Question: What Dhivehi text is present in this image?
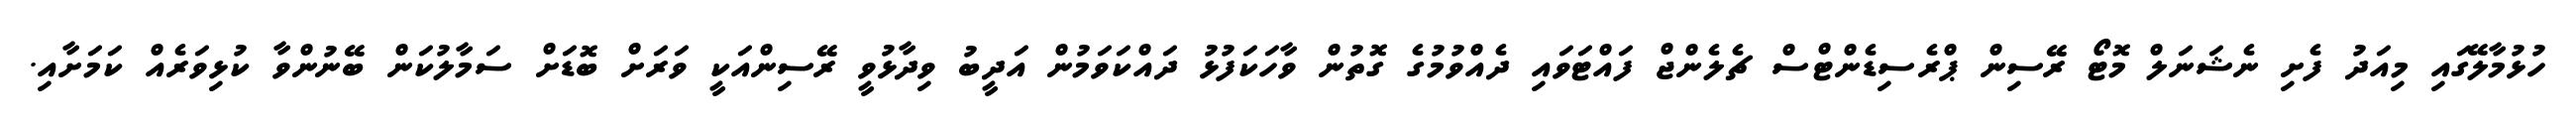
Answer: ހުޅުމާލޭގައި މިއަދު ފެށި ނެޝަނަލް މޮޓޯ ރޭސިން ޕްރެސިޑެންޓްސް ޗެލެންޖް ފައްޓަވައި ދެއްވުމުގެ ގޮތުން ވާހަކަފުޅު ދައްކަވަމުން އަދީބު ވިދާޅުވީ ރޭސިންއަކީ ވަރަށް ބޮޑަށް ސަމާލުކަން ބޭނުންވާ ކުޅިވަރެއް ކަމަށާއި.